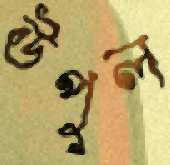
উপুল